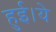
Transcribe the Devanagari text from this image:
हुई।ये